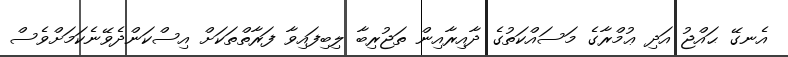
އެނގޭ ޙައްޖު އަދި ޢުމްރާގެ މަސައްކަތުގެ ދާއިރާއިން ތަޖުރިބާ ލިބިފައިވާ ފަރާތްތަކަށް އިސްކަންދެވޭނެކަމަށްވެސް